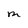
Character: M